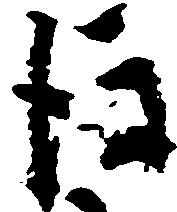
後